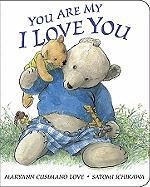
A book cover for You Are My I Love You: board book; Maryann Cusimano Love; Children's Books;